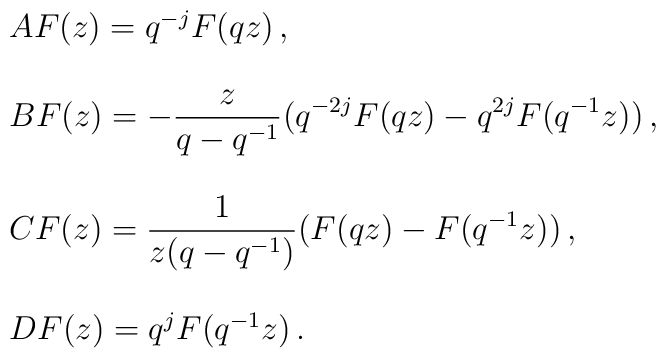
\begin{array}{l}AF(z)=q^{-j}F(qz)\,, \\  \\BF(z)=-\displaystyle{ \frac{z}{q-q^{-1}} }(q^{-2j}F(qz)-q^{2j}F(q^{-1}z))\,,\\  \\CF(z)=\displaystyle{ \frac{1}{z(q-q^{-1})}} (F(qz)-F(q^{-1}z))\,, \\  \\DF(z)=q^{j}F(q^{-1}z)\,.\end{array}